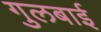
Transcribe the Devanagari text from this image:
गुलबाई